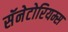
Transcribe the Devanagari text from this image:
सॅनेटोरियम्स